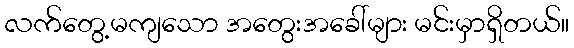
လက်တွေ့မကျသော အတွေးအခေါ်များ မင်းမှာရှိတယ်။